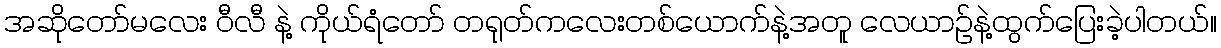
အဆိုတော်မလေး ဝီလီ နဲ့ ကိုယ်ရံတော် တရုတ်ကလေးတစ်ယောက်နဲ့အတူ လေယာဉ်နဲ့ထွက်ပြေးခဲ့ပါတယ်။